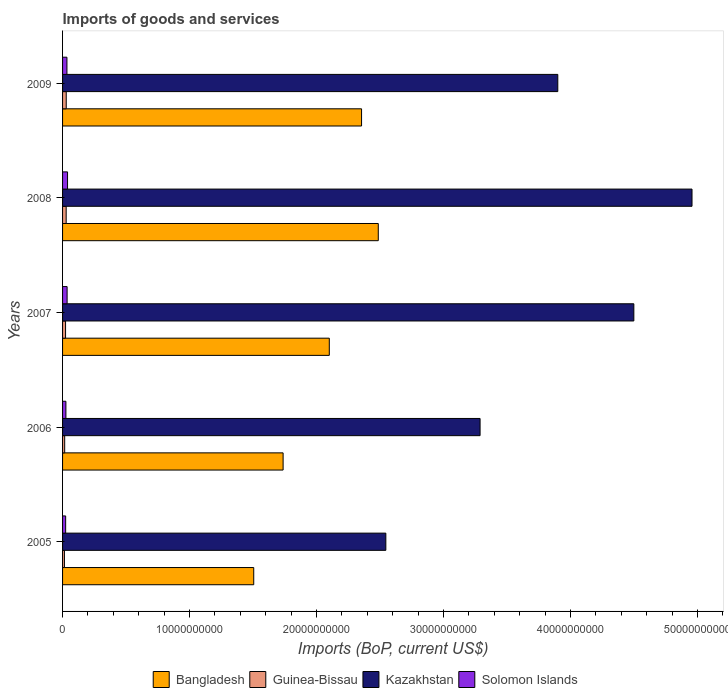
| Years | Bangladesh | Guinea-Bissau | Kazakhstan | Solomon Islands |
 | --- | --- | --- | --- | --- |
 | 2005 | 1.51e+10 | 1.48e+08 | 2.55e+10 | 2.43e+08 |
 | 2006 | 1.74e+10 | 1.67e+08 | 3.29e+10 | 2.63e+08 |
 | 2007 | 2.1e+10 | 2.36e+08 | 4.5e+10 | 3.58e+08 |
 | 2008 | 2.49e+10 | 2.84e+08 | 4.96e+10 | 3.93e+08 |
 | 2009 | 2.35e+10 | 2.89e+08 | 3.9e+10 | 3.44e+08 |